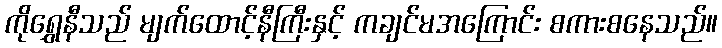
ကိုရွှေနီသည် မျက်ထောင့်နီကြီးနှင့် ကချင်မအကြောင်း စကားစနေသည်။